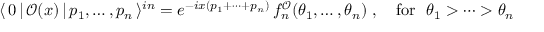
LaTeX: \langle \, 0 \, | \, \mathcal { O } ( x ) \, | \, p _ { 1 } , \dots , p _ { n } \, \rangle ^ { i n } = e ^ { - i x ( p _ { 1 } + \dots + p _ { n } ) } \, f _ { n } ^ { \mathcal { O } } ( \theta _ { 1 } , \dots , \theta _ { n } ) ~ , ~ ~ ~ \mathrm { f o r } ~ ~ \theta _ { 1 } > \dots > \theta _ { n }